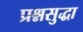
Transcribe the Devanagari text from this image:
प्रश्नसुद्धा